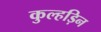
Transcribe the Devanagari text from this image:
कुल्‍हड़िन